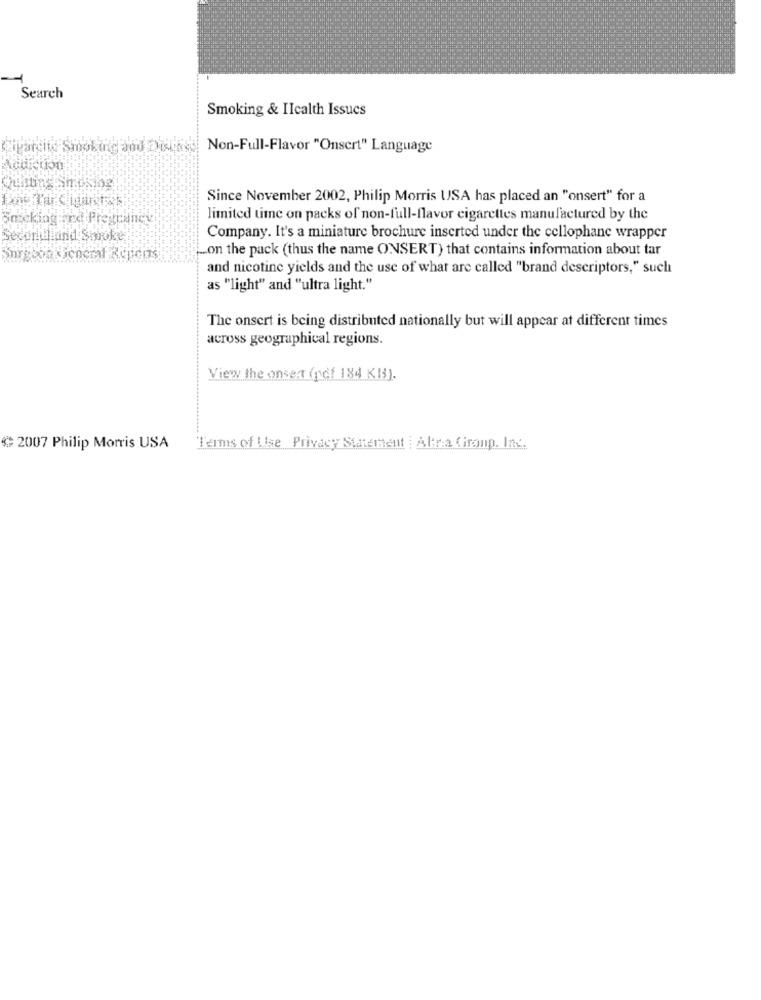
Search
Smoking & IIcalth Issucs
Non-Full-Flavor "Onsert" Language
Since November 2002, Philip Morris USA has placed an "onsert" for a
Smacking and Pregnancy
limited time on packs of non-full-flavor cigarettes manufactured by the
Securiblind Shooke
Company. It's a miniature brochure inserted under the cellophane wrapper
.on the pack (thus the name ONSERT) that contains information about tar
and nicotine yields and the use of what are called "brand descriptors," such
as "light" and "ultra light."
The onsert is being distributed nationally but will appear at different times
across geographical regions.
View the onset (rcf 184 KB).
* 2007 Philip Morris USA
Terms of Use Privacy Statement : Altra Cironp. Ins ..